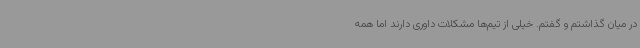
در میان گذاشتم و گفتم. خیلی از تیم‌ها مشکلات داوری دارند اما همه